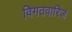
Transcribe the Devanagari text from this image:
विगतवारिजं